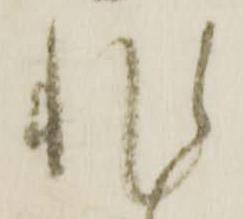
非